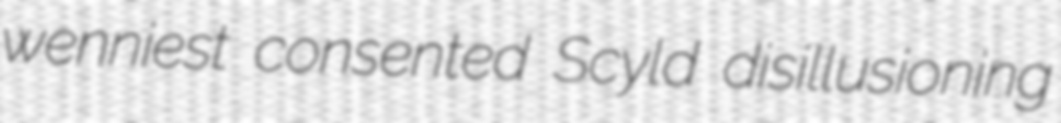
wenniest consented Scyld disillusioning